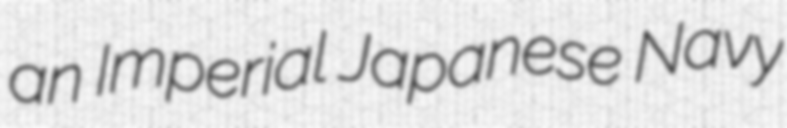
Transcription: an Imperial Japanese Navy